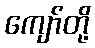
ကျော်တို့